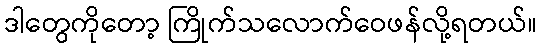
ဒါတွေကိုတော့ ကြိုက်သလောက်ဝေဖန်လို့ရတယ်။